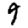
Digit: 9